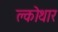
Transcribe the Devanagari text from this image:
क्लोथार